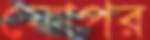
ফোপর